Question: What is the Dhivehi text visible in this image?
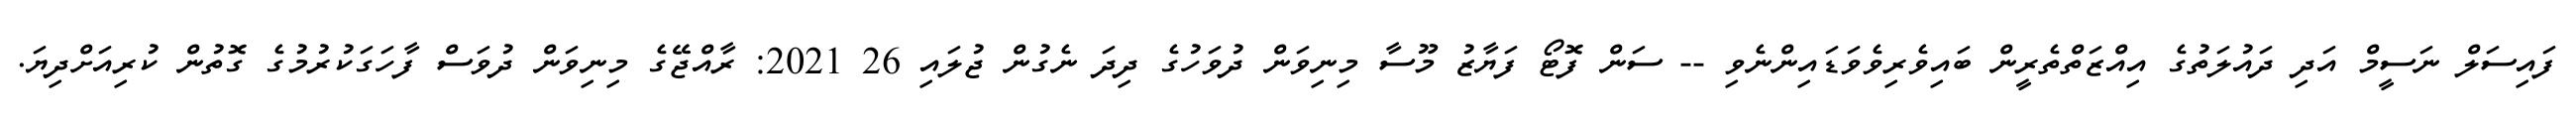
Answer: ފައިސަލް ނަސީމް އަދި ދައުލަތުގެ އިއްޒަތްތެރީން ބައިވެރިވެވަޑައިންނެވި -- ސަން ފޮޓޯ ފަޔާޒު މޫސާ މިނިވަން ދުވަހުގެ ދިދަ ނެގުން ޖުލައި 26 2021: ރާއްޖޭގެ މިނިވަން ދުވަސް ފާހަގަކުރުމުގެ ގޮތުން ކުރިއަށްދިޔަ.